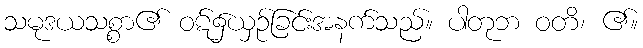
သမုဒယသစ္စာ၏ ဝဋ်၌ယှဉ်ခြင်းအနက်သည်။ ပါတုဘ ဝတိ၊ ၏။